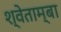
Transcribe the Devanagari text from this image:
श्वेताम्बा